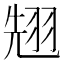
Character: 𮶌